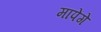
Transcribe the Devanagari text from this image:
मापेंगे